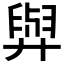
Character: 𦥸